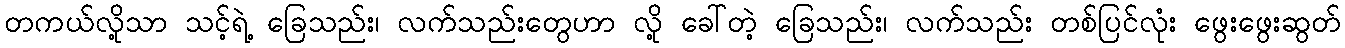
တကယ်လို့သာ သင့်ရဲ့ ခြေသည်း၊ လက်သည်းတွေဟာ လို့ ခေါ်တဲ့ ခြေသည်း၊ လက်သည်း တစ်ပြင်လုံး ဖွေးဖွေးဆွတ်